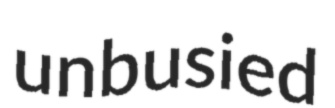
unbusied